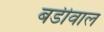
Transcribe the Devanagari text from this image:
बडीवाल